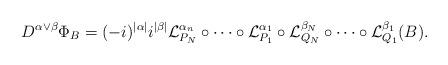
LaTeX: \begin{align*}D^{\alpha\vee \beta}\Phi_B=(-i)^{|\alpha|}i^{|\beta|}\mathcal L_{P_N}^{\alpha_n}\circ\cdots \circ \mathcal L_{P_1}^{\alpha_1}\circ\mathcal L_{Q_N}^{\beta_N}\circ\cdots\circ\mathcal L_{Q_1}^{\beta_1}(B).\end{align*}